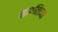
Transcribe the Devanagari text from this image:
सायलिन्स